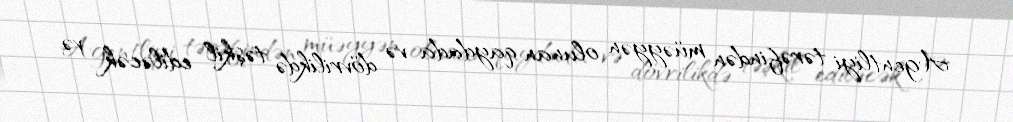
Agentliyi tərəfindən müəyyən olunan qaydada və dövrilikdə təşkil ediləcək və